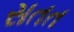
સતત